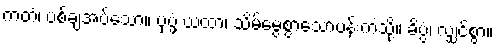
ကတံ၊ ပစ်ချအပ်သော။ ပုပ္ဖံ ယထာ၊ သိမ်မွေ့စွာသောပန်းကဲ့သို့။ ခိပ္ပံ၊ လျှင်စွာ။